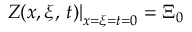
\left. Z ( x , \xi , \, t ) \right| _ { x = \xi = t = 0 } = \Xi _ { 0 }